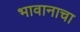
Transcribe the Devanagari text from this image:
भावानाचा